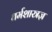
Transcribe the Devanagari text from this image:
धर्मशास्त्रज्ञ